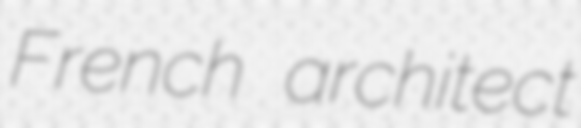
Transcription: French architect